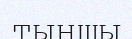
тыңшы